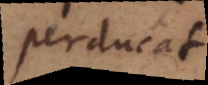
perducat